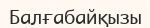
Балғабайқызы